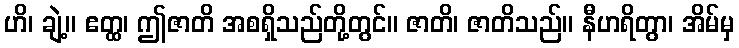
ဟိ၊ ချဲ့။ ဧတ္ထ၊ ဤဇာတိ အစရှိသည်တို့တွင်။ ဇာတိ၊ ဇာတိသည်။ နီဟရိတွာ၊ အိမ်မှ